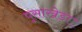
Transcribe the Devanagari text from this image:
पूसाखेड़ा